Civil Veterinary Department Bengal reports 1933-51 - 1933-1951
Year: 1933
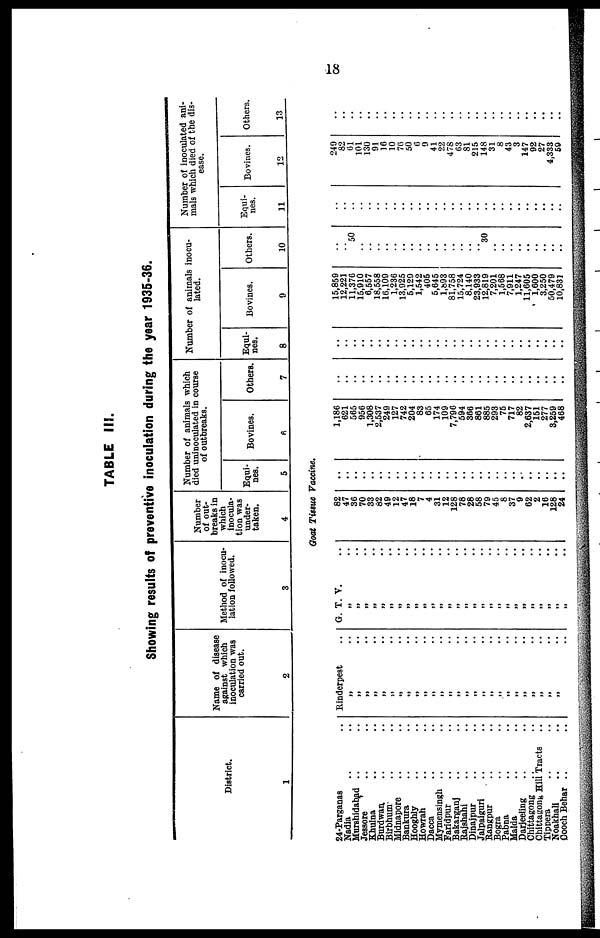
18
TABLE III.
Showing results of preventive inoculation during the year 1935-36.
District.
1
Name of disease
against which
inoculation was
carried out.
2
Method of inocu-
lation followed.
3
Number
of out-
breaks in
which
inocula-
tion was
under-
taken.
4
Number of animals which
died uninoculated in course
of outbreaks.
Equi-
nes.
5
Bovines.
6
Others.
7
Number of animals inocu-
lated.
Equi-
nes.
8
Bovines.
9
Others.
10
Number of inoculated ani-
mals which died of the dis-
ease.
Equi-
nes.
11
Bovines.
12
Others.
13
Goat Tissue Vaccine.
24-Parganas ..
Nadia .. ..
Murshidabad .. ..
Jessore .. ..
Khulna .. ..
Burdwan .. ..
Birbhum .. ..
Midnapore .. ..
Bankura .. ..
Hooghly .. ..
Howrah .. ..
Dacca .. ..
Mymensingh .. ..
Faridpur .. ..
Bakarganj .. ..
Rajshahi .. ..
Dinajpur .. ..
Jalpaiguri .. ..
Rangpur .. ..
Bogra .. ..
Pabna .. ..
Malda .. ..
Darjeeling .. ..
Chittagong .. ..
Chittagong Hill Tracts
Tippera .. ..
Noakhali .. ..
Cooch Behar .. ..
Rinderpest
„ ..
„ ..
„ ..
„ ..
„ ..
„ ..
„ ..
„ ..
„ ..
„ ..
„ ..
„ ..
„ ..
„ ..
„ ..
„ ..
„ ..
„ ..
„ ..
„ ..
„ ..
„ ..
„ ..
„ ..
„ ..
„ ..
„ ..
G. T. V. ..
„ .. „ ..
„ ..
„ .. „ ..
„ .. „ ..
„ .. „ ..
„ ..
„ ..
„ ..
„ .. „ ..
„ .. „ ..
„ ..
„ ..
„ ..
„ .. „ ..
„ ..
„ ..
„ ..
„ ..
„ .. „ ..
82
47
36
70
33
82
49
12
47
18
7
4
31
12
128
78
28
58
79
45
8
37
9
62
2
16
128
24
..
..
..
..
..
..
..
..
..
..
..
..
..
..
..
..
..
..
..
..
..
..
..
..
..
..
..
..
1,186
621
565
956
1,308
2,537
249
127
742
204
83
65
174
109
7,796
594
366
861
885
293
75
717
82
2,637
151
277
3,259
468
..
..
..
..
..
..
..
..
..
..
..
..
..
..
..
..
..
..
..
..
..
..
..
..
..
..
..
..
..
..
..
..
..
..
..
..
..
..
..
..
..
..
..
..
..
..
..
..
..
..
..
..
..
..
..
..
15,859
12,221
11,376
15,910
6,557
18,558
16,109
1,236
13,925
5,129
1,542
405
5,645
l,893
81,758
15,724
8,140
23,933
12,819
7,201
1,568
7,911
1,247
11,605
1,600
3,250
50,479
10,831
..
.. 50
..
..
..
..
..
..
..
..
..
..
..
..
..
..
.. 30
..
..
..
..
..
..
..
.. ..
..
..
..
..
..
..
..
..
..
..
..
..
..
..
..
..
..
..
..
..
..
..
..
..
..
..
..
..
249
82
61
101
130
91
16
10
76
50
6
9
41
22
478
63
81
215
148
31
8
43
3
147
92
27
4,333
59
..
..
..
..
..
..
..
..
..
..
..
..
..
..
..
..
..
..
..
..
..
..
..
..
..
..
..
..